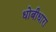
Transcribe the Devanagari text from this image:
धोबीधारा